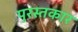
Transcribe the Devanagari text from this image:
पुरस्तकार